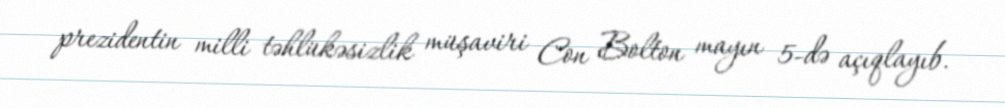
prezidentin milli təhlükəsizlik müşaviri Con Bolton mayın 5-də açıqlayıb.